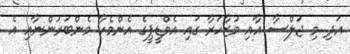
އަދި މި ޖަލްސާ އާއި މުޒާހަރާ ގައި އެމްޑީޕީގެ އެންމެހާ މެންބަރުންނާއި އެ